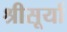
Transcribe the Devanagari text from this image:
श्रीसूर्या